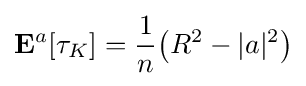
\mathbf {E} ^{a}[\tau _{K}]={\frac {1}{n}}{\big (}R^{2}-|a|^{2}{\big )}